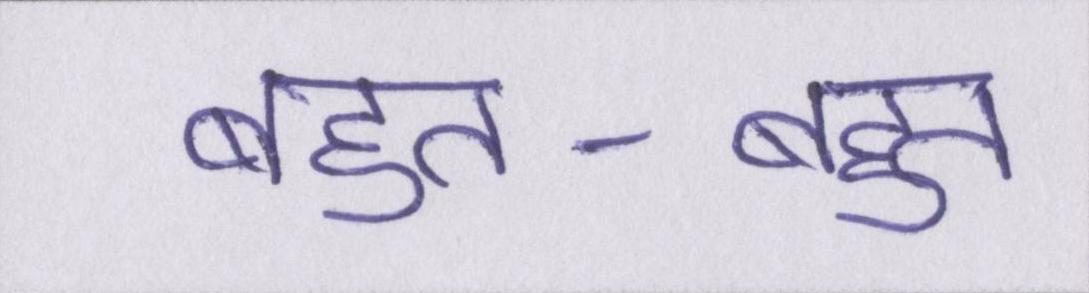
बहुत-बहुत